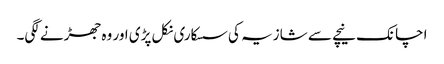
اچانک نیچے سے شازیہ کی سسکاری نکل پڑی اور وہ جھڑنے لگی۔